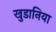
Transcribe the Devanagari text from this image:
खुडानिया